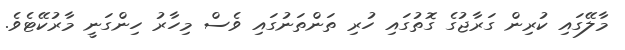
މާލޭގައި ކުރިން ގަރާޖުގެ ގޮތުގައި ހުރި ތަންތަނުގައި ވެސް މިހާރު ހިންގަނީ މާރުކޭޓެވެ.